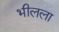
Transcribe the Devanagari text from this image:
भीलला